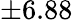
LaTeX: \pm 6.88